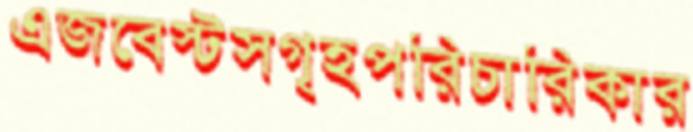
এজবেস্টসগৃহপরিচারিকার